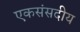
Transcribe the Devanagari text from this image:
एकसंसदीय